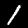
Label: 1